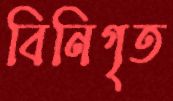
বিনিগৃত